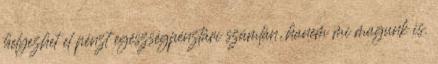
helyezhet el pénzt egészségpénztári számlán, hanem mi magunk is.